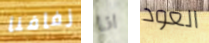
زفافنا انا العود